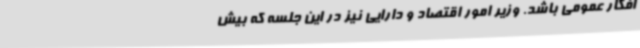
افکار عمومی باشد. وزیر امور اقتصاد و دارایی نیز در این جلسه که بیش